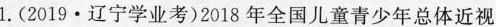
1.(2019·辽宁学业考)2018年全国儿童青少年总体近视